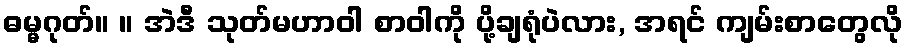
ဓမ္မဂုတ်။ ။ အဲဒီ သုတ်မဟာဝါ စာဝါကို ပို့ချရုံပဲလား, အရင် ကျမ်းစာတွေလို